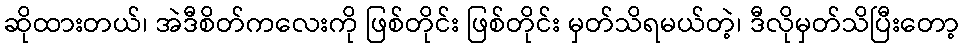
ဆိုထားတယ်၊ အဲဒီစိတ်ကလေးကို ဖြစ်တိုင်း ဖြစ်တိုင်း မှတ်သိရမယ်တဲ့၊ ဒီလိုမှတ်သိပြီးတော့